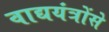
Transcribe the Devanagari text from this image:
वाद्ययंत्रोंसे